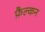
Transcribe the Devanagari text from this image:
फ़ैल्कन